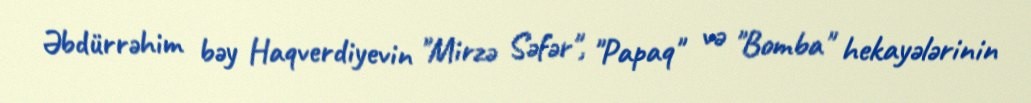
Əbdürrəhim bəy Haqverdiyevin "Mirzə Səfər", "Papaq" və "Bomba" hekayələrinin